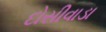
દોસીવાડા